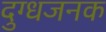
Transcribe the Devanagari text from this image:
दुग्धजनक